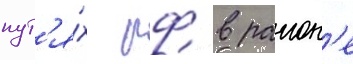
пут'я́х рф в раион'е